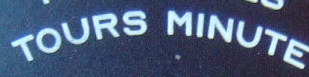
TOURS MINUTE